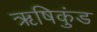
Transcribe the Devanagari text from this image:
ऋषिकुंड